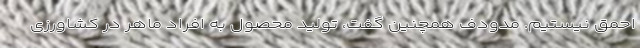
احمق نیستیم. مدودف همچنین گفت، تولید محصول به افراد ماهر در کشاورزی